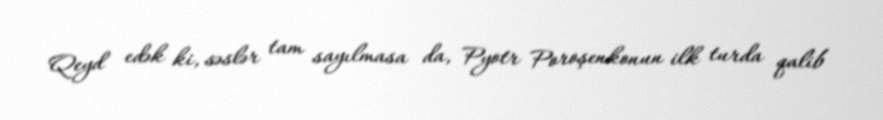
Qeyd edək ki, səslər tam sayılmasa da, Pyotr Poroşenkonun ilk turda qalib